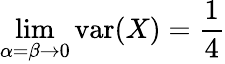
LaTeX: \operatorname*{lim}_{\alpha=\beta\to 0}\operatorname{var}(X)={\frac{1}{4}}